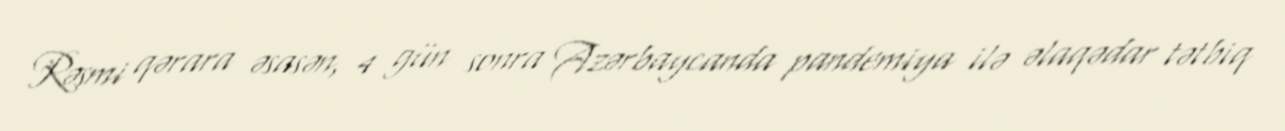
Rəsmi qərara əsasən, 4 gün sonra Azərbaycanda pandemiya ilə əlaqədar tətbiq